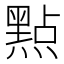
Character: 㸃